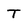
Character: t